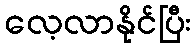
လေ့လာနိုင်ပြီး